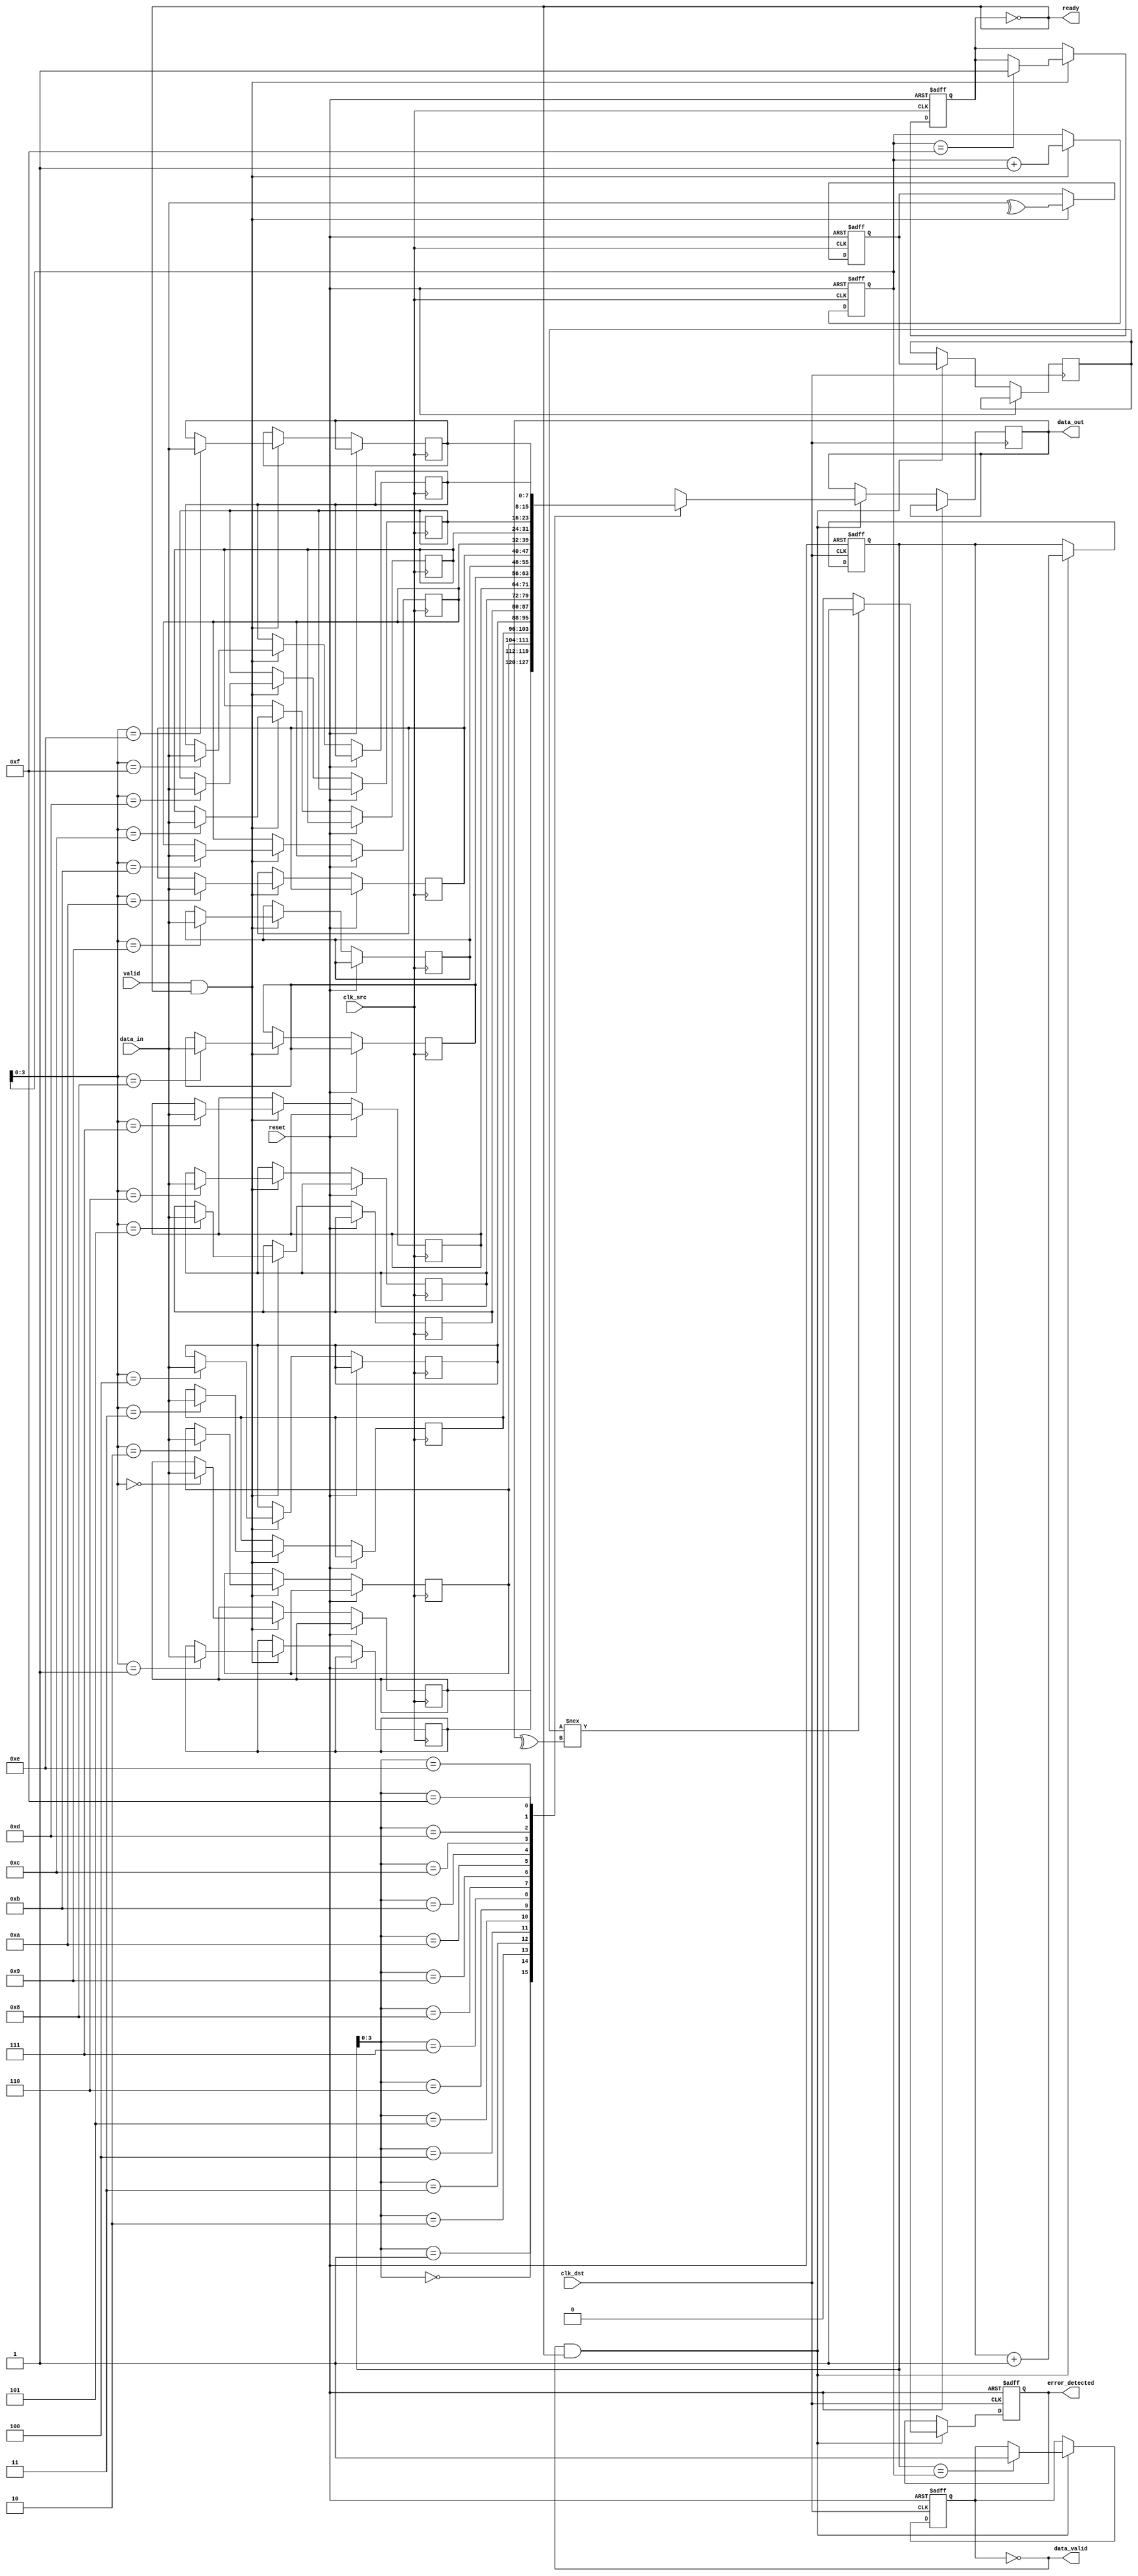
module cdc_memory_blocks #(
    parameter DATA_WIDTH = 8,
    parameter FIFO_DEPTH = 16
)(
    input wire clk_src,              // Source clock
    input wire clk_dst,              // Destination clock
    input wire reset,                // Reset signal
    input wire [DATA_WIDTH-1:0] data_in, // Data input from source domain
    input wire valid,                // Valid signal from source domain
    output wire ready,               // Ready signal to source domain
    output wire [DATA_WIDTH-1:0] data_out, // Data output to destination domain
    output wire data_valid,          // Indicates valid data in destination domain
    output wire error_detected       // Indicates error detected during transfer
);

    // FIFO buffer implementation
    reg [DATA_WIDTH-1:0] fifo [0:FIFO_DEPTH-1];
    reg [4:0] write_ptr, read_ptr;
    reg fifo_full, fifo_empty;

    // Parity bit calculation
    reg parity_bit;
    reg received_parity_bit;

    // Handshaking signals
    reg valid_sync1, valid_sync2;
    reg ready_sync1, ready_sync2;

    // Error detection flag
    reg error_flag;

    // Write to FIFO in source clock domain
    always @(posedge clk_src or posedge reset) begin
        if (reset) begin
            write_ptr <= 0;
            fifo_full <= 0;
            parity_bit <= 0;
        end else if (valid && !fifo_full) begin
            fifo[write_ptr] <= data_in;
            parity_bit <= ^data_in; // Calculate parity
            write_ptr <= write_ptr + 1;
            if (write_ptr == FIFO_DEPTH - 1) fifo_full <= 1;
        end
    end

    // Read from FIFO in destination clock domain
    always @(posedge clk_dst or posedge reset) begin
        if (reset) begin
            read_ptr <= 0;
            fifo_empty <= 1;
            error_flag <= 0;
        end else if (!fifo_empty && ready) begin
            data_out <= fifo[read_ptr];
            received_parity_bit <= parity_bit; // Store the received parity
            read_ptr <= read_ptr + 1;
            if (read_ptr == write_ptr) fifo_empty <= 1;
            // Check for parity error
            if (received_parity_bit !== ^data_out) begin
                error_flag <= 1; // Error detected
            end else begin
                error_flag <= 0; // No error
            end
        end
    end

    // Synchronize valid and ready signals
    always @(posedge clk_src or posedge reset) begin
        if (reset) begin
            valid_sync1 <= 0;
            valid_sync2 <= 0;
        end else begin
            valid_sync1 <= valid;
            valid_sync2 <= valid_sync1;
        end
    end

    always @(posedge clk_dst or posedge reset) begin
        if (reset) begin
            ready_sync1 <= 0;
            ready_sync2 <= 0;
        end else begin
            ready_sync1 <= ready;
            ready_sync2 <= ready_sync1;
        end
    end

    // Assign outputs
    assign ready = !fifo_full;
    assign data_valid = !fifo_empty;
    assign error_detected = error_flag;

endmodule